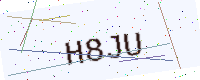
Text: H8JU